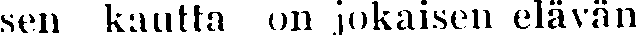
sen kautta on jokaisen elävän